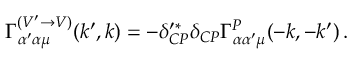
\Gamma _ { \alpha ^ { \prime } \alpha \mu } ^ { ( V ^ { \prime } \rightarrow V ) } ( k ^ { \prime } , k ) = - \delta _ { C P } ^ { \prime \ast } \delta _ { C P } \Gamma _ { \alpha \alpha ^ { \prime } \mu } ^ { P } ( - k , - k ^ { \prime } ) \, .